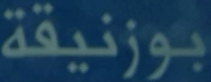
بوزنيقة